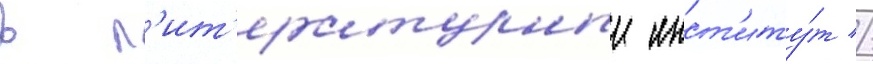
в л'ит'ературныи инст'иту́т //